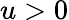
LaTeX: u>0